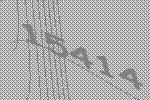
15414